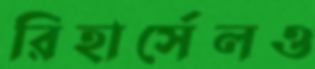
রিহার্সেলও